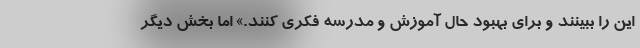
این را ببینند و برای بهبود حال آموزش و مدرسه فکری کنند.» اما بخش دیگر